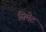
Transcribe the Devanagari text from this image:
सिमेट